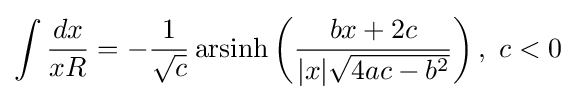
\int {\frac {dx}{xR}}=-{\frac {1}{\sqrt {c}}}\operatorname {arsinh} \left({\frac {bx+2c}{|x|{\sqrt {4ac-b^{2}}}}}\right),~c<0